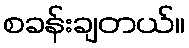
စခန်းချတယ်။